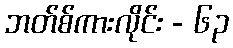
ဘတ်စ်ကားလိုင်း - ၆၃